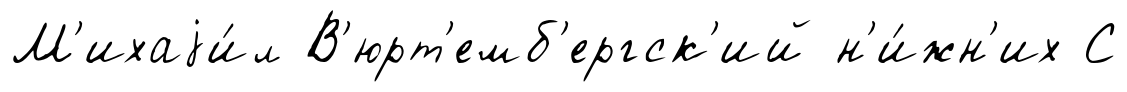
М'ихаjи́л В'юрт'емб'ергск'ий н'и́жн'их С